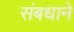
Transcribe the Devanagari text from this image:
संबधाने